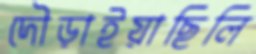
দৌড়াইয়াছিলি